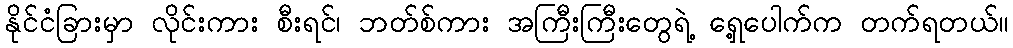
နိုင်ငံခြားမှာ လိုင်းကား စီးရင်၊ ဘတ်စ်ကား အကြီးကြီးတွေရဲ့ ရှေ့ပေါက်က တက်ရတယ်။